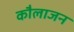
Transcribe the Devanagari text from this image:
कौलाजन